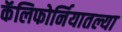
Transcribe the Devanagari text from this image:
कॅलिफोर्नियातल्या